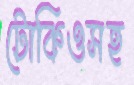
টোকিওসহ